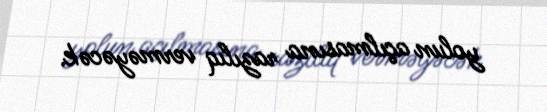
yolun açılmasına razılıq verməyəcək.